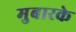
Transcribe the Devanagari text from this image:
मुबारके